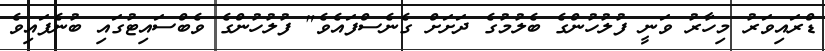
ޑްރައިވަރު މިހާރު ވަނީ ފުލުހުންގެ ބެލުމުގެ ދަށަށް ގެނެސްފައެވެ" ފުލުހުންގެ ވެބްސައިޓުގައި ބުނެފައިވެ